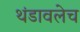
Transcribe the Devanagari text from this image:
थंडावलेच